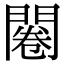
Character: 闂